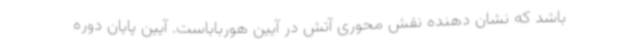
باشد که نشان دهنده نقش محوری آتش در آیین هورباباست. آیین پایان دوره